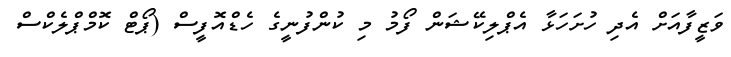
ވަޒީފާއަށް އެދި ހުށަހަޅާ އެޕްލިކޭޝަން ފޯމު މި ކުންފުނީގެ ހެޑްއޮފީސް (ޕޯޓް ކޮމްޕްލެކްސް